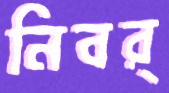
নিবর্